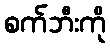
စက်ဘီးကို